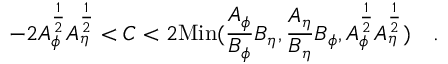
- 2 A _ { \phi } ^ { \frac { 1 } { 2 } } A _ { \eta } ^ { \frac { 1 } { 2 } } < C < 2 \mathrm { M i n } ( { \frac { A _ { \phi } } { B _ { \phi } } } B _ { \eta } , { \frac { A _ { \eta } } { B _ { \eta } } } B _ { \phi } , A _ { \phi } ^ { \frac { 1 } { 2 } } A _ { \eta } ^ { \frac { 1 } { 2 } } ) ~ ~ ~ .